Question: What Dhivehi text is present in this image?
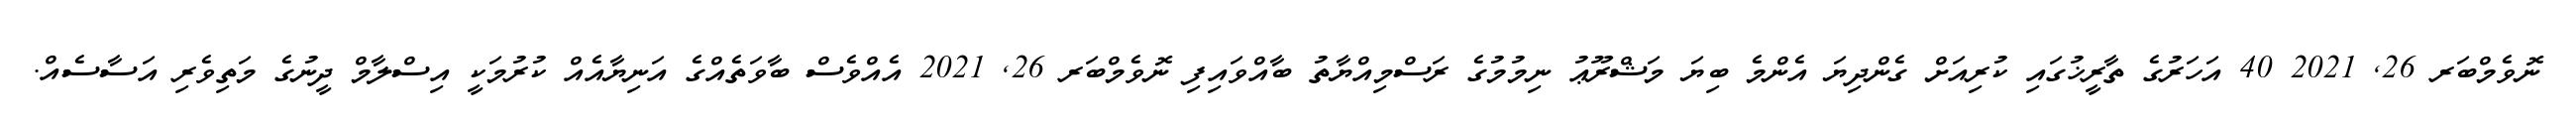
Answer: ނޮވެމްބަރ 26, 2021 40 އަހަރުގެ ތާރީޚުގައި ކުރިއަށް ގެންދިޔަ އެންމެ ބިޔަ މަޝްރޫޢު ނިމުމުގެ ރަސްމިއްޔާތު ބާއްވައިފި ނޮވެމްބަރ 26, 2021 އެއްވެސް ބާވަތެއްގެ އަނިޔާއެއް ކުރުމަކީ އިސްލާމް ދީނުގެ މަތިވެރި އަސާސެއް.